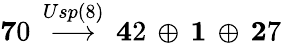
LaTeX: {\mathbf 70}\, \stackrel{Usp(8)}{\longrightarrow}\, {\mathbf 42}\, \oplus\, {\mathbf 1}\, \oplus\, {\mathbf 27}